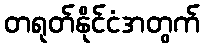
တရုတ်နိုင်ငံအတွက်